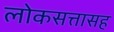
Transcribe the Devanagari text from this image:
लोकसत्तासह